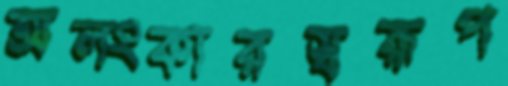
অলংকারস্বরূপ